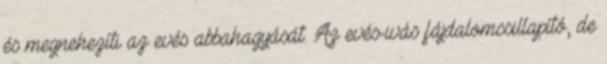
és megnehezíti az evés abbahagyását. Az evés-ivás fájdalomcsillapító, de